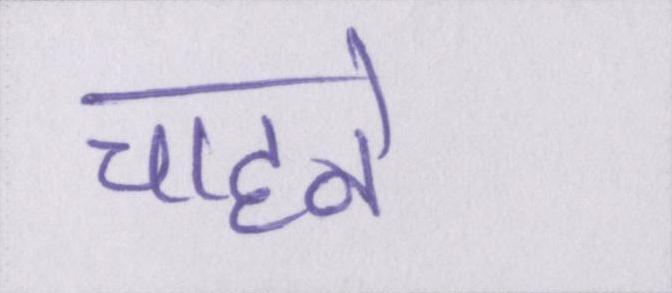
चाहने